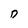
Character: D